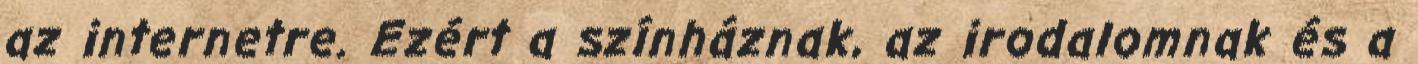
az internetre. Ezért a színháznak, az irodalomnak és a